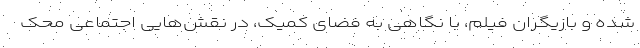
شده و بازیگران فیلم، با نگاهی به فضای کمیک، در نقش‌هایی اجتماعی محک